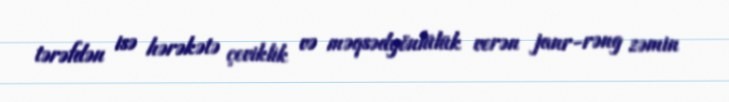
tərəfdən isə hərəkətə çeviklik və məqsədyönlülük verən janr-rəng zəmin